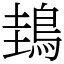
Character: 䳏